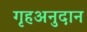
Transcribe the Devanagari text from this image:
गृहअनुदान